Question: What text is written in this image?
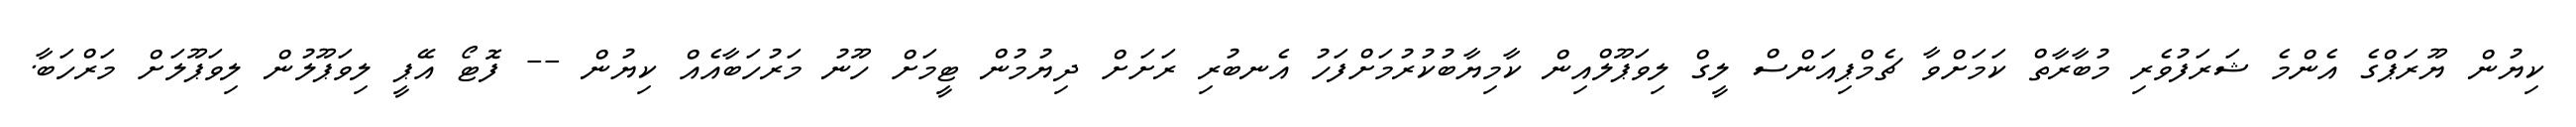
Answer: ކިޔުން ޔޫރަޕްގެ އެންމެ ޝަރަފުވެރި މުބާރާތް ކަމަށްވާ ޗެމްޕިއަންސް ލީގް ލިވަޕޫލްއިން ކާމިޔާބުކުރުމަށްފަހު އެނބުރި ރަށަށް ދިޔުމުން ޓީމަށް ހޫނު މަރުހަބާއެއް ކިޔުން -- ފޮޓޯ އޭޕީ ލިވަޕޫލުން ލިވަޕޫލަށް މަރްހަބާ.